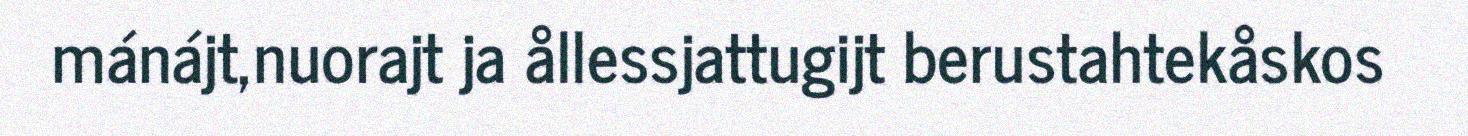
mánájt,nuorajt ja ållessjattugijt berustahtekåskos